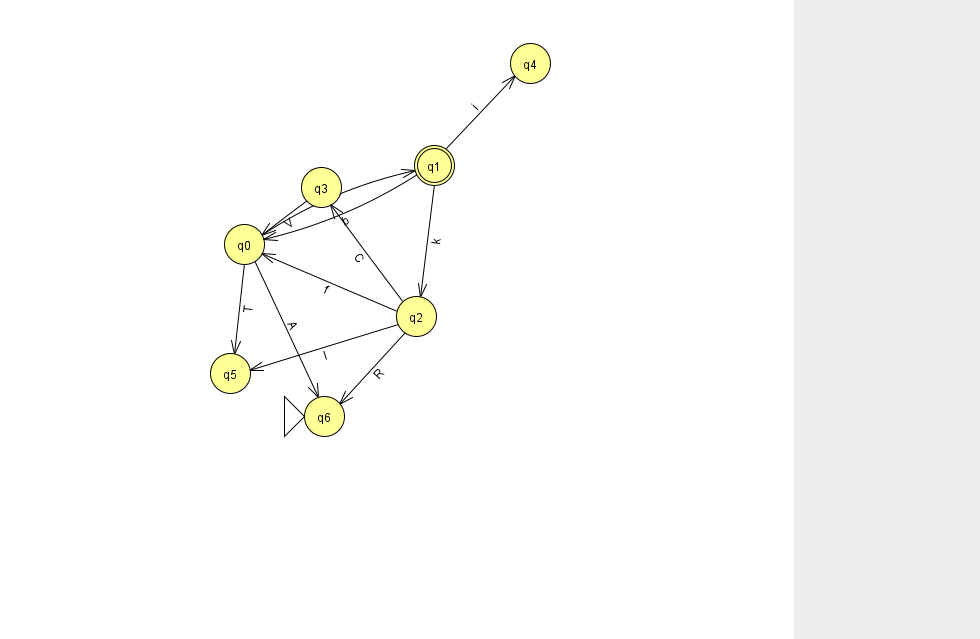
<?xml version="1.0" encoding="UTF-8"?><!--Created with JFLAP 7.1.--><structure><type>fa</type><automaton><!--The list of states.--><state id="0" name="q0"><x>244.0</x><y>231.0</y></state><state id="1" name="q1"><x>434.0</x><y>152.0</y><final/></state><state id="2" name="q2"><x>416.0</x><y>303.0</y></state><state id="3" name="q3"><x>321.0</x><y>174.0</y></state><state id="4" name="q4"><x>530.0</x><y>50.0</y></state><state id="5" name="q5"><x>230.0</x><y>360.0</y></state><state id="6" name="q6"><x>324.0</x><y>403.0</y><initial/></state><!--The list of transitions.--><transition><from>3</from><to>0</to><read>V</read></transition><transition><from>1</from><to>4</to><read>i</read></transition><transition><from>2</from><to>0</to><read>f</read></transition><transition><from>2</from><to>5</to><read>l</read></transition><transition><from>1</from><to>0</to><read>b</read></transition><transition><from>2</from><to>3</to><read>C</read></transition><transition><from>0</from><to>6</to><read>A</read></transition><transition><from>2</from><to>6</to><read>R</read></transition><transition><from>0</from><to>1</to><read>o</read></transition><transition><from>1</from><to>2</to><read>k</read></transition><transition><from>0</from><to>5</to><read>T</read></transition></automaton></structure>